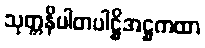
သုတ္တနိပါတပါဋ္ဌိအဋ္ဌကထာ